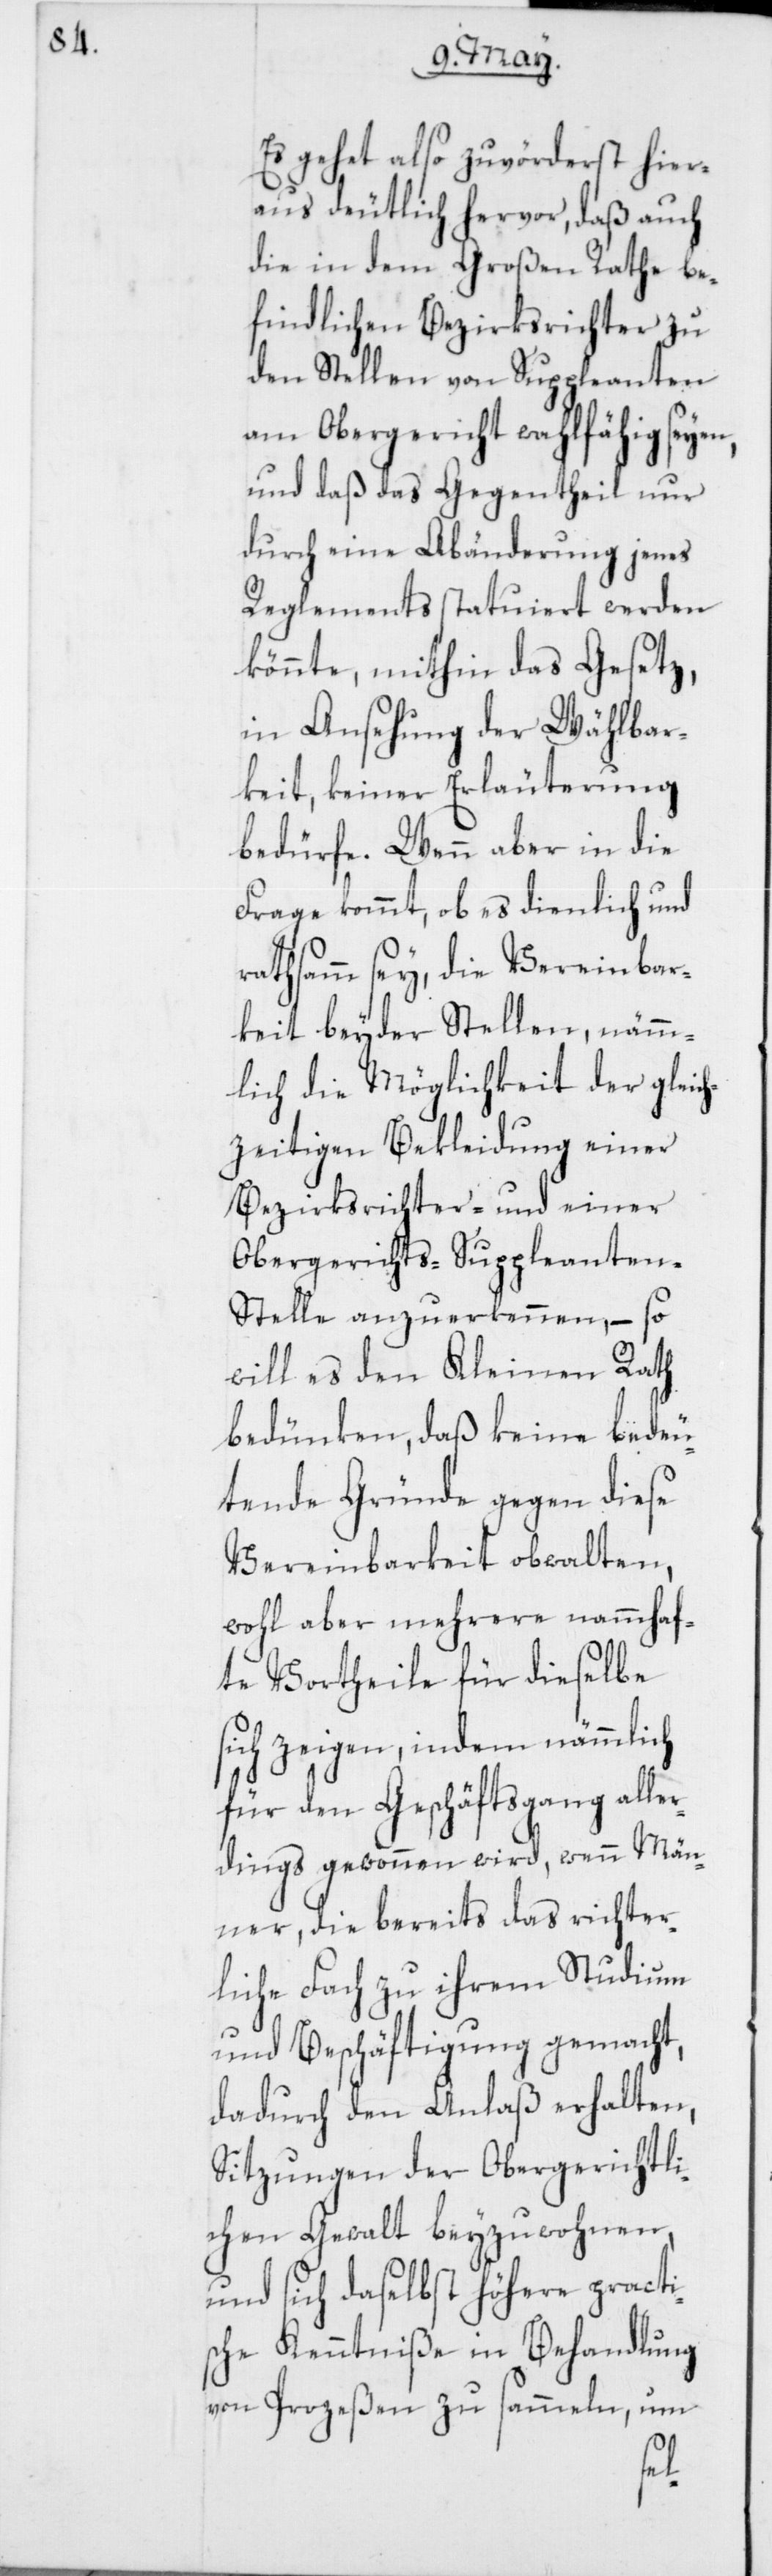
Es gehet also zuvörderst hier¬
aus deutlich hervor, daß auch
die in dem Großen Rathe be¬
findlichen Bezirksrichter zu
den Stellen von Suppleanten
am Obergericht wahlfähig seyen,
und daß das Gegentheil nur
durch eine Abänderung jenes
Reglements statuiert werden
könnte, mithin das Gesetz,
in Ansehung der Wählbar¬
keit, keiner Erläuterung
bedürfe. Wenn aber in die
Frage kommt, ob es dienlich und
rathsamm sey, die Vereinbar¬
keit beyder Stellen, nämm¬
lich die Möglichkeit der gleic¬
hzeitigen Bekleidung einer
Bezirksrichter- und einer
Obergerichts-Suppleante¬
n-Stelle anzuerkennen, – so
will es den Kleinen Rath
bedünken, daß keine bedeu¬
tende Gründe gegen diese
Vereinbarkeit obwalten,
wohl aber mehrere nammhaf¬
te Vortheile für dieselbe
sich zeigen, indem nämmlich
für den Geschäftsgang alle¬
rdings gewonnen wird, wenn Män¬
ner, die bereits das richter¬
liche Fach zu ihrem Studium
und Beschäftigung gemacht,
dadurch den Anlaß erhalten,
Sitzungen der Obergerichtli¬
chen Gewalt beyzuwohnen,
und sich daselbst höhere practi¬
sche Kenntniße in Behandlung
von Prozeßen zu sammeln, um